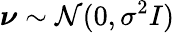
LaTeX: \boldsymbol\nu\sim\mathcal{N}(0,\sigma^{2}I)